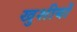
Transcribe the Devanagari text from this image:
खुशीयों